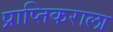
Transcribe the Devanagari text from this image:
प्राप्‍तिकराला